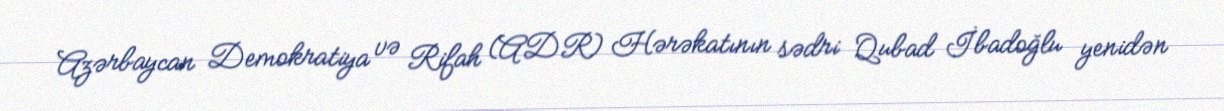
Azərbaycan Demokratiya və Rifah (ADR) Hərəkatının sədri Qubad İbadoğlu yenidən